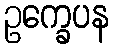
ဥက္ခေပန